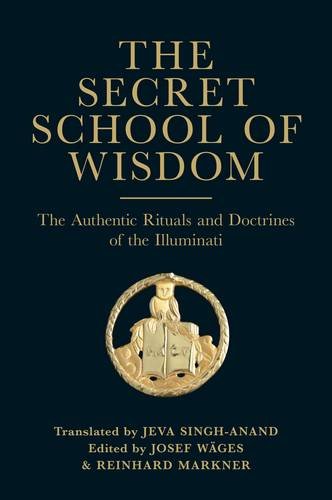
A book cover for The Secret School of Wisdom: The Authentic Ritual and Doctrines of the Illuminati; Religion & Spirituality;